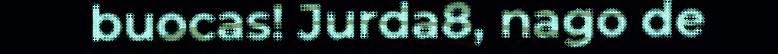
buocas! Jurda8, nago de